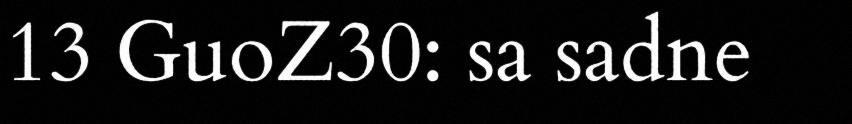
13 GuoZ30: sa sadne